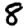
Digit: 8